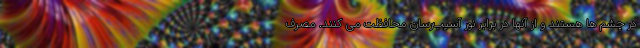
در چشم ها هستند و از آنها در برابر نور آسیب‌رسان محافظت می کنند. مصرف